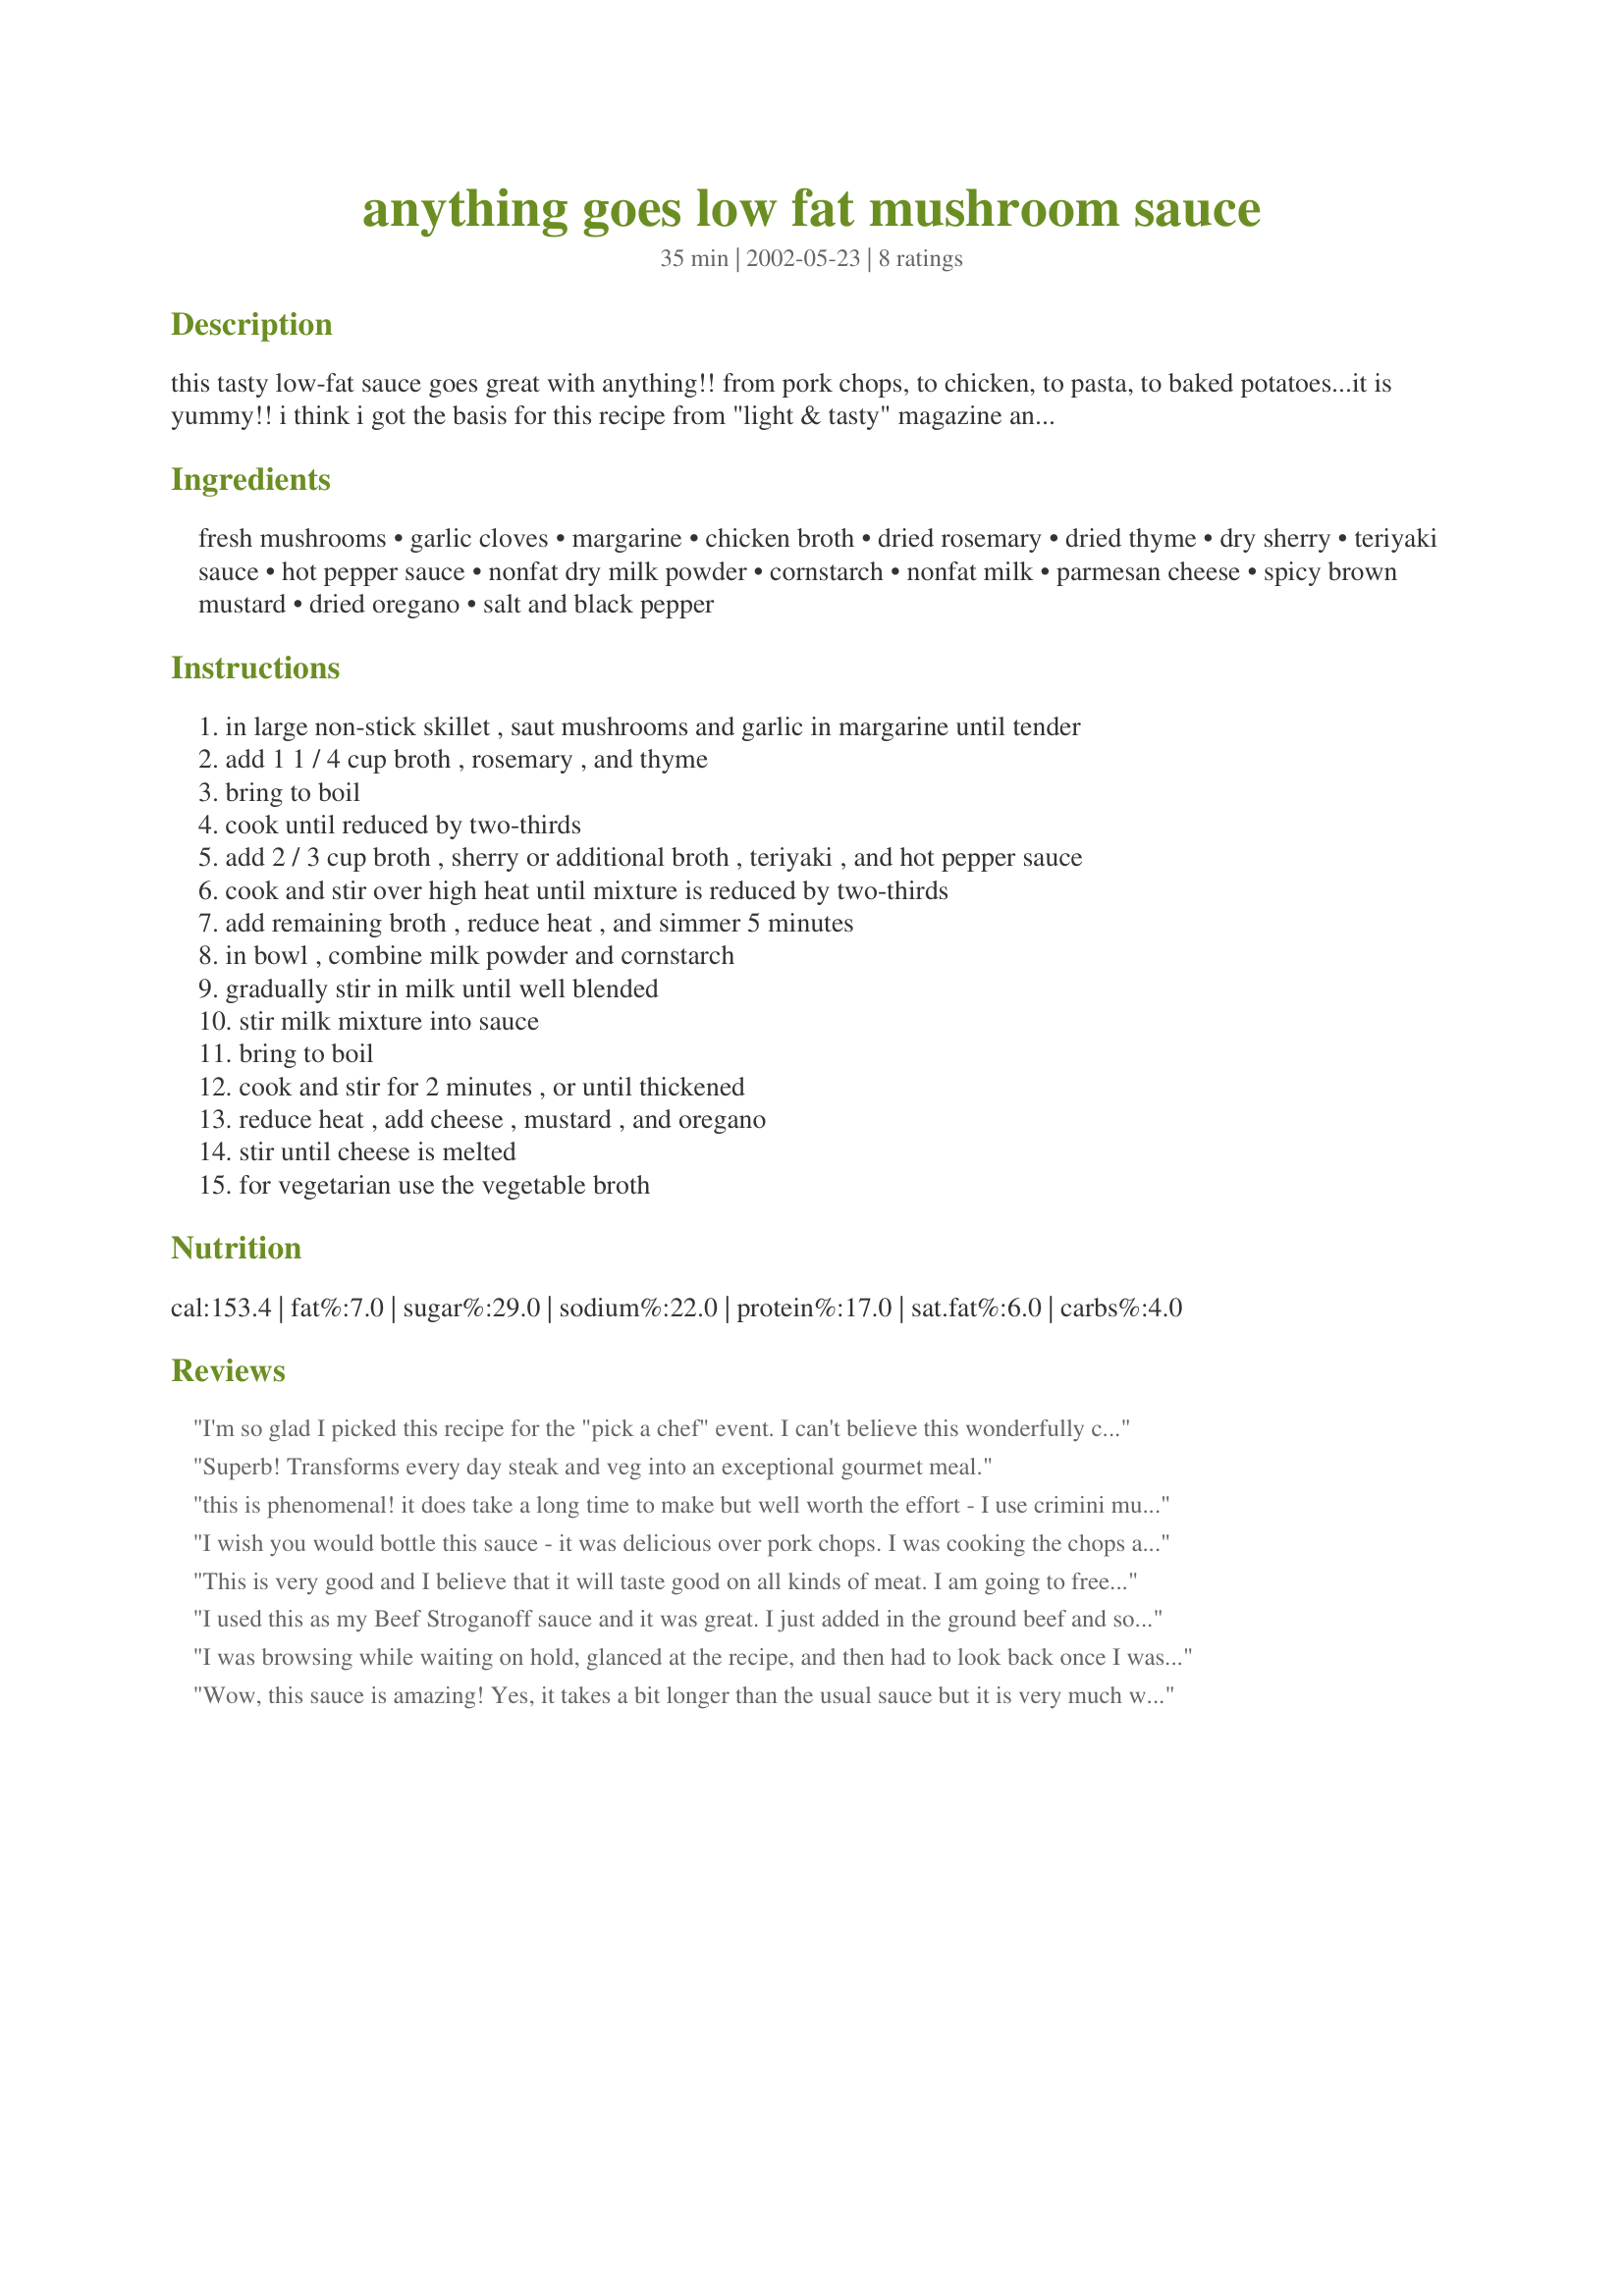
anything goes low fat mushroom sauce
Preparation time: 35 minutes

this tasty low-fat sauce goes great with anything!! from pork chops, to chicken, to pasta, to baked potatoes...it is yummy!! i think i got the basis for this recipe from "light & tasty" magazine and tweaked it a bit here and there.

Ingredients:
fresh mushrooms, garlic cloves, margarine, chicken broth, dried rosemary, dried thyme, dry sherry, teriyaki sauce, hot pepper sauce, nonfat dry milk powder, cornstarch, nonfat milk, parmesan cheese, spicy brown mustard, dried oregano, salt and black pepper

Steps:
in large non-stick skillet , saut mushrooms and garlic in margarine until tender
add 1 1 / 4 cup broth , rosemary , and thyme
bring to boil
cook until reduced by two-thirds
add 2 / 3 cup broth , sherry or additional broth , teriyaki , and hot pepper sauce
cook and stir over high heat until mixture is reduced by two-thirds
add remaining broth , reduce heat , and simmer 5 minutes
in bowl , combine milk powder and cornstarch
gradually stir in milk until well blended
stir milk mixture into sauce
bring to boil
cook and stir for 2 minutes , or until thickened
reduce heat , add cheese , mustard , and oregano
stir until cheese is melted
for vegetarian use the vegetable broth

Reviews:
I'm so glad I picked this recipe for the "pick a chef" event. I can't believe this wonderfully creamy and richly flavored mushroom sauce has'nt been reviewed yet. It tastes much more decadent than the fat grams and calories would indicate. The multiple reductions gave the mushrooms intense flavor, and the milk mixture provided a creamy texture. Well worth the time to prepare. I served it with plain pan-grilled pork chops and rice.
Superb! Transforms every day steak and veg into an exceptional gourmet meal.
this is phenomenal!
it does take a long time to make but well worth the effort - I use crimini mushrooms instead of white - I think portobello mushrooms would be great as well
The teriyaki gives it that saltiness it needs and reducing it in the broth gives an amazing sauce that is definitely more lo-cal than a cream sauce - I skipped the milk powder and corn starch and just simmered for longer to get rid of the extra liquid - I substituted the sherry with cooking burgundy wine - I think it gives it a deeper flavor - served over rice with rosemary pork meatballs!
I wish you would bottle this sauce - it was delicious over pork chops. I was cooking the chops and some cabbage at the same time and I needed two more hands!
This is very good and I believe that it will taste good on all kinds of meat. I am going to freeze a couple servings to see how it does. Followed recipe exactly with portabellos but I skipped the milk powder and used 1% milk. Thanks so much!
I used this as my Beef Stroganoff sauce and it was great. I just added in the ground beef and some onions and garlic and had it over noodles with sugar snap peas on the side. Excellent!
I was browsing while waiting on hold, glanced at the recipe, and then had to look back once I was done with my call. I hadn't been looking for a dinner idea, but I realized I had everything for this recipe. I added an onion to the garlic (I used 6 cloves) and mushrooms at the beginning, and then tore up some ham pieces to throw in at the end. I cooked up some egg noodles, which I stirred together with the sauce, and then served with an additional sprinking of grated parm. It definitely tasted richer than its ingredients, and I think it's the bit of mustard, teriyaki, and herbs that gave it just a bit more complexity than is usual with this type of sauce. I guess it's the usual thing...if you're cutting out some fat, you have to add a bit more flavor in return. Thanks for sharing the recipe!
Wow, this sauce is amazing! Yes, it takes a bit longer than the usual sauce but it is very much worth it. A definite make again which can be served with so many things. I used the dry sherry and would highly recommend it. Thank you, Manda!
